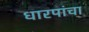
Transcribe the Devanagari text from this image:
धारपांचा